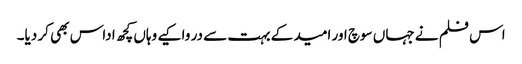
اس فلم نے جہاں سوچ اور امید کے بہت سے در وا کیے وہاں کچھ اداس بھی کر دیا۔